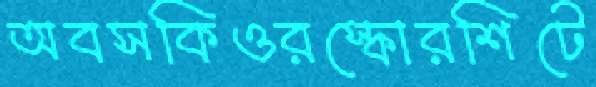
অবসকিওরস্কোরশিটে